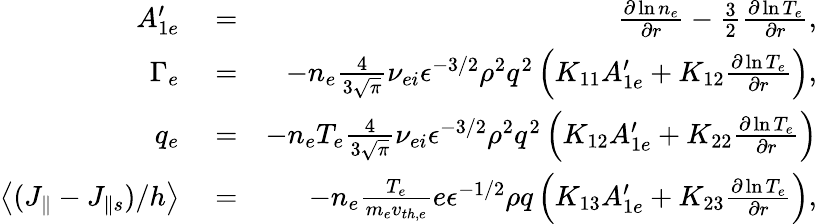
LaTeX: \begin{array}{rlr}{A_{1e}^{\prime}}&{{}=}&{\frac{\partial\ln{n_{e}}}{\partial r}-\frac{3}{2}\frac{\partial\ln{T_{e}}}{\partial r},}\\ {\Gamma_{e}}&{{}=}&{-n_{e}\frac{4}{3\sqrt{\pi}}\nu_{ei}\epsilon^{-3/2}\rho^{2}q^{2}\left(K_{11}A_{1e}^{\prime}+K_{12}\frac{\partial\ln{T_{e}}}{\partial r}\right),}\\ {q_{e}}&{{}=}&{-n_{e}T_{e}\frac{4}{3\sqrt{\pi}}\nu_{ei}\epsilon^{-3/2}\rho^{2}q^{2}\left(K_{12}A_{1e}^{\prime}+K_{22}\frac{\partial\ln{T_{e}}}{\partial r}\right)}\\ {\left<(J_{\parallel}-J_{\parallel s})/h\right>}&{{}=}&{-n_{e}\frac{T_{e}}{m_{e}v_{th,e}}e\epsilon^{-1/2}\rho q\left(K_{13}A_{1e}^{\prime}+K_{23}\frac{\partial\ln{T_{e}}}{\partial r}\right),}\end{array}